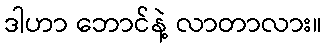
ဒါဟာ ဘောင်နဲ့ လာတာလား။